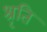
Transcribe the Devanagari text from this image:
श्रृति